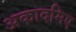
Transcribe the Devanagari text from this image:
अकादमिए